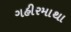
ગહીરમાથા